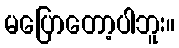
မပြောတော့ပါဘူး။